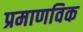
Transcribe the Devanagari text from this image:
प्रमाणविक